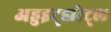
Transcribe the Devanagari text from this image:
अहुइट्झोट्ल